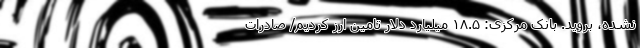
نشده، بروید. بانک مرکزی: ۱۸.۵ میلیارد دلار تامین ارز کردیم/ صادرات